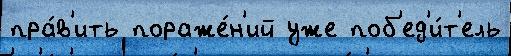
пра́в'ить пораже́н'ий уже поб'ед'и́т'ель